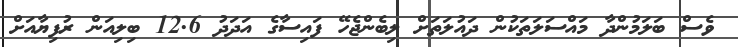
ވެސް ބަލަމުންދާ މައްސަލަތަކުން ދައުލަތަށް ލިބެންޖެހޭ ފައިސާގެ އަދަދު 12.6 ބިލިއަން ރުފިޔާއަށް